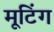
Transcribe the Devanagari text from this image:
मूटिंग